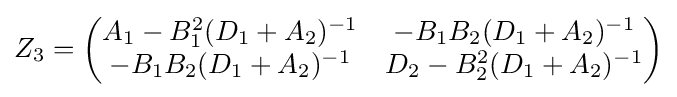
Z_{3}={\begin{pmatrix}A_{1}-B_{1}^{2}(D_{1}+A_{2})^{-1}&-B_{1}B_{2}(D_{1}+A_{2})^{-1}\\-B_{1}B_{2}(D_{1}+A_{2})^{-1}&D_{2}-B_{2}^{2}(D_{1}+A_{2})^{-1}\end{pmatrix}}